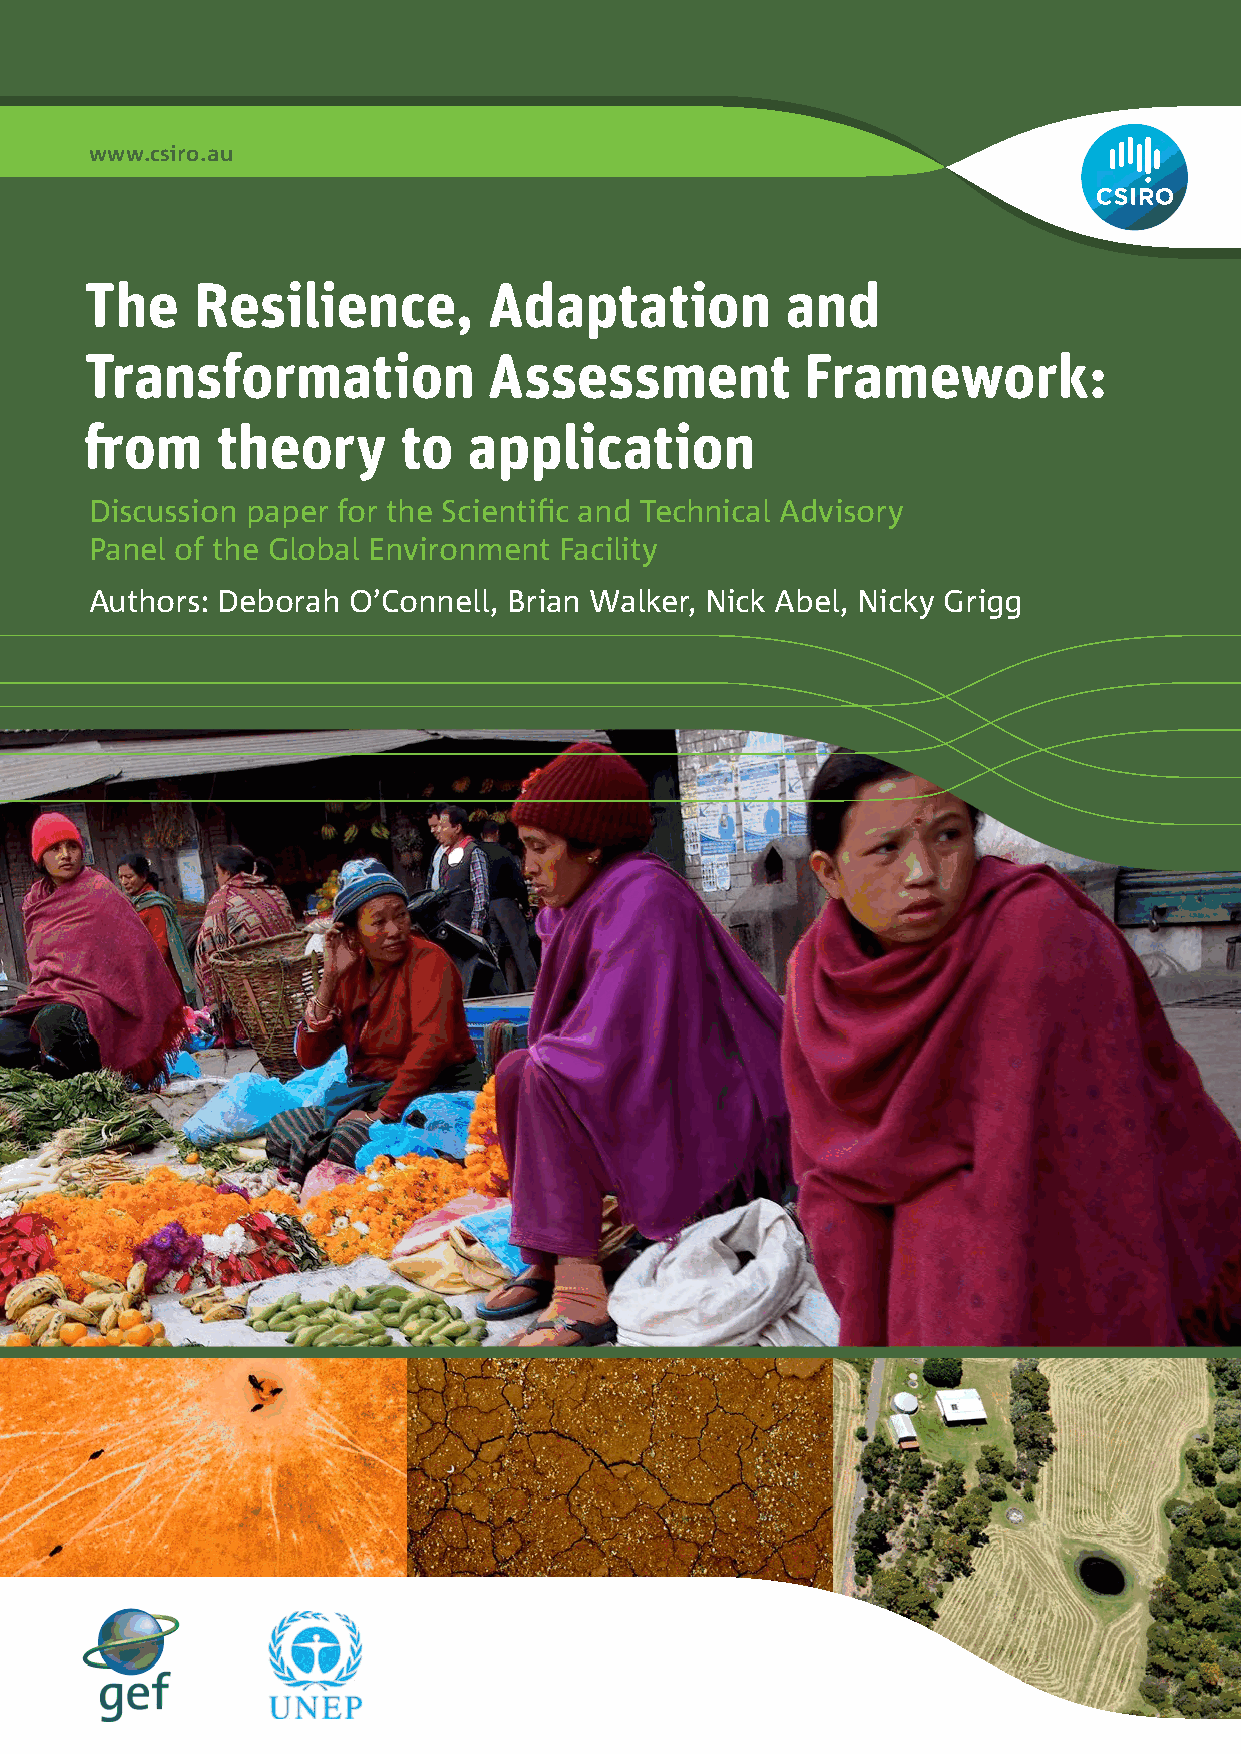
www.csiro.au
 The    Resilience,        Adaptation          and
 Transformation            Assessment           Framework:
 from    theory       to  application
 Discussion paper for the Scientific and Technical Advisory
 Panel of the Global Environment Facility
 Authors: Deborah O’Connell, Brian Walker, Nick Abel, Nicky Grigg